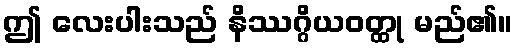
ဤ လေးပါးသည် နိဿဂ္ဂိယဝတ္ထု မည်၏။